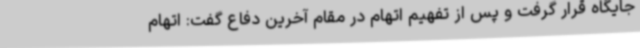
جایگاه قرار گرفت و پس از تفهیم اتهام در مقام آخرین دفاع گفت: اتهام